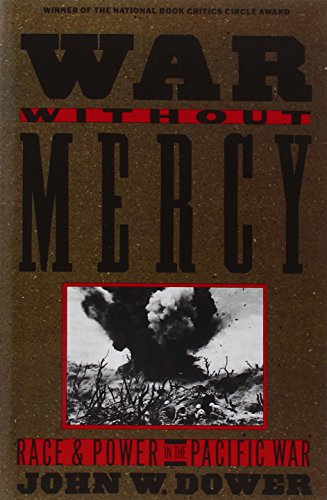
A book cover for War Without Mercy: Race and Power in the Pacific War; John W. Dower; History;